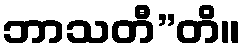
ဘာသတီ”တိ။